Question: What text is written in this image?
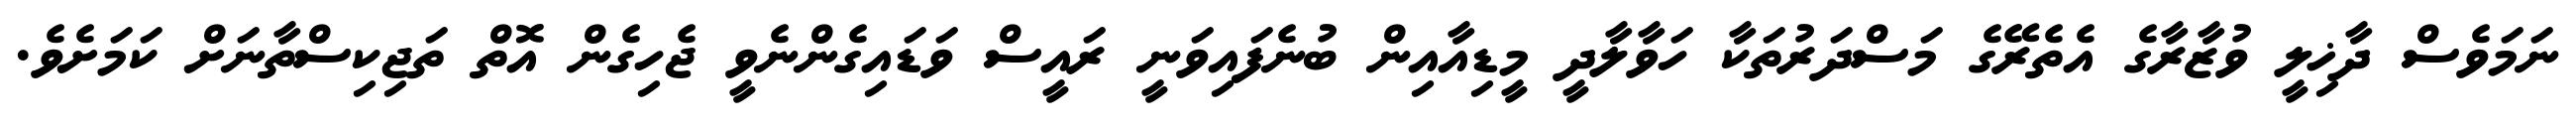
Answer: ނަމަވެސް ދާޚިލީ ވުޒާރާގެ އެތެރޭގެ މަސްދަރުތަކާ ހަވާލާދީ މީޑިއާއިން ބުނެފައިވަނީ ރައީސް ވަޑައިގެންނެވީ ޖެހިގެން އޮތް ތަޖިކިސްތާނަށް ކަމަށެވެ.